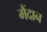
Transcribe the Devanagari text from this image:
मैंदान